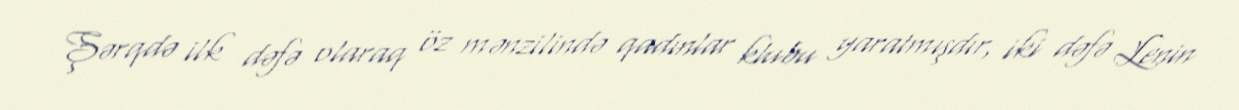
Şərqdə ilk dəfə olaraq öz mənzilində qadınlar klubu yaratmışdır, iki dəfə Lenin